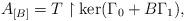
LaTeX: \begin{align*} A_{[B]}=T\upharpoonright \ker(\Gamma_0 + B \Gamma_1),\end{align*}